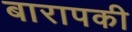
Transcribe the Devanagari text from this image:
बारापकी